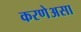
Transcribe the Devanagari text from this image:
करणेअसा